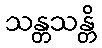
သန္တသန္တိ